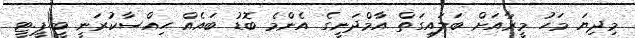
މިދިޔަ މަހު މީރާއަށް ބަލައިގަތް އާމްދަނީގެ އެންމެ ބޮޑު ބައެއް ހިއްސާކުރަނީ ބީ.ޕީ.ޓީ